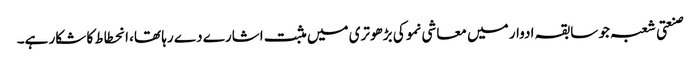
صنعتی شعبہ جو سابقہ ادوار میں معاشی نمو کی بڑھوتری میں مثبت اشارے دے رہا تھا، انحطاط کا شکار ہے۔